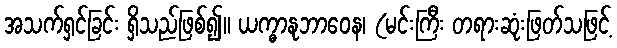
အသက်ရှင်ခြင်း ရှိသည်ဖြစ်၍။ ယက္ဓာနုဘာဝေန၊ (မင်းကြီး တရားဆုံးဖြတ်သဖြင့်